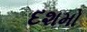
દશમો